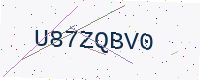
Text: U87ZQBV0